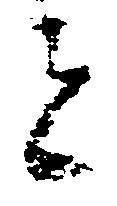
者